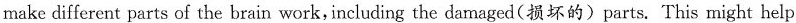
make different parts of the brain work, including the damaged(损坏的) parts. This might help